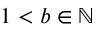
1 < b \in \mathbb { N }